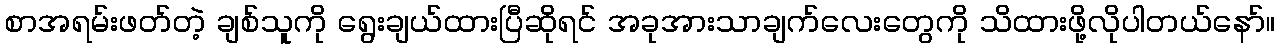
စာအရမ်းဖတ်တဲ့ ချစ်သူကို ရွေးချယ်ထားပြီဆိုရင် အခုအားသာချက်လေးတွေကို သိထားဖို့လိုပါတယ်နော်။